Lunatic asylums in Bengal annual reports 1912-1924 - 1912-1924
Year: 1912
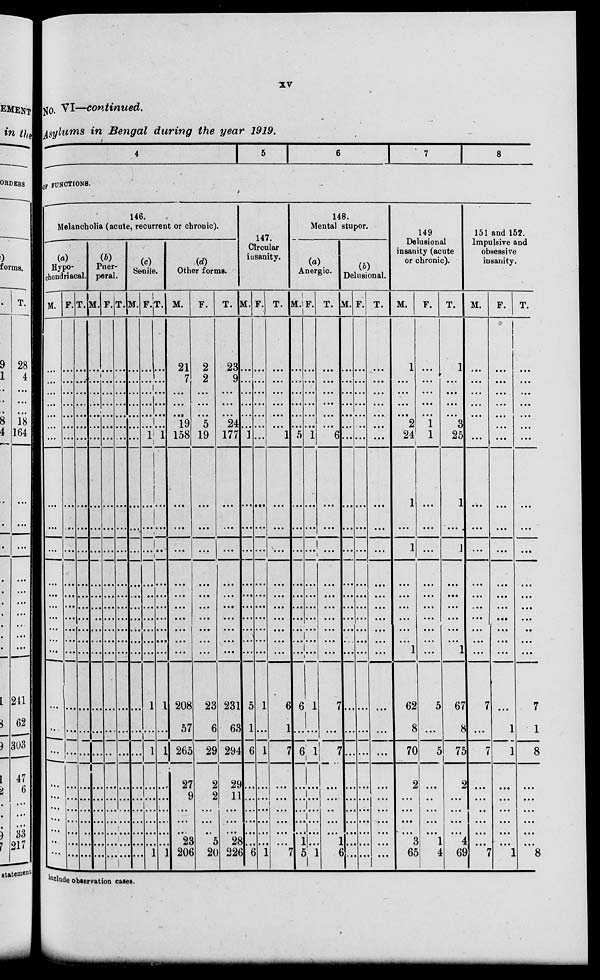
xv
No. VI—continued.
Asylums in Bengal during the year 1919.
4
5
6
7
8
OF FUNCTIONS.
146.
Melancholia (acute, recurrent or chronic).
(a)
Hypo-
chondriacal.
M.
...
...
...
...
...
...
...
...
...
...
...
...
...
...
...
...
...
...
...
...
...
...
...
...
...
...
...
F.
...
...
...
...
...
...
...
...
...
...
...
...
...
...
...
...
...
...
...
...
...
...
...
...
...
...
...
T.
...
...
...
...
...
...
...
...
...
...
...
...
...
...
...
...
...
...
...
...
...
...
...
...
...
...
...
(b)
Puer-
peral.
M.
...
...
...
...
...
...
...
...
...
...
...
...
...
...
...
...
...
...
...
...
...
...
...
...
...
...
...
F.
...
...
...
...
...
...
...
...
...
...
...
...
...
...
...
...
...
...
...
...
...
...
...
...
...
...
...
T.
...
...
...
...
...
...
...
...
...
...
...
...
...
...
...
...
...
...
...
...
...
...
...
...
...
...
...
(c)
Senile.
M.
...
...
...
...
...
...
...
...
...
...
...
...
...
...
...
...
...
...
...
...
...
...
...
...
...
...
...
F.
...
...
...
...
...
...
1
...
...
...
...
...
...
...
...
...
...
1
...
1
...
...
...
...
...
...
1
T.
...
...
...
...
...
...
1
...
...
...
...
...
...
...
...
...
...
1
...
1
...
...
...
...
...
...
1
(d)
Other forms.
M.
21
7
...
...
...
19
158
...
...
...
...
...
...
...
...
...
...
208
57
265
27
9
...
...
...
23
206
F.
2
2
...
...
...
5
19
...
...
...
...
...
...
...
...
...
...
23
6
29
2
2
...
...
...
5
20
T.
23
9
...
...
...
24
177
...
...
...
...
...
...
...
...
...
...
231
63
294
29
11
...
...
...
28
226
147.
Circular
insanity.
M.
...
...
...
...
...
...
1
...
...
...
...
...
...
...
...
...
...
5
1
6
...
...
...
...
...
...
6
F.
...
...
...
...
...
...
...
...
...
...
...
...
...
...
...
...
...
1
...
1
...
...
...
...
...
...
1
T.
...
...
...
...
...
...
1
...
...
...
...
...
...
...
...
...
...
6
1
7
...
...
...
...
...
...
7
148.
Mental stupor.
(a)
Anergic.
M.
...
...
...
...
...
...
5
...
...
...
...
...
...
...
...
...
...
6
...
6
...
...
...
...
...
1
5
F.
...
...
...
...
...
...
1
...
...
...
...
...
...
...
...
...
...
1
...
1
...
...
...
...
...
...
1
T.
...
...
...
...
...
...
6
...
...
...
...
...
...
...
...
...
...
7
...
7
...
...
...
...
...
1
6
(b)
Delusional.
M.
...
...
...
...
...
...
...
...
...
...
...
...
...
...
...
...
...
...
...
...
...
...
...
...
...
...
...
F.
...
...
...
...
...
...
...
...
...
...
...
...
...
...
...
...
...
...
...
...
...
...
...
...
...
...
...
T.
...
...
...
...
...
...
...
...
...
...
...
...
...
...
...
...
...
...
...
...
...
...
...
...
...
...
...
149
Delusional
insanity (acute
or chronic).
M.
1
...
...
...
...
2
24
1
...
1
...
...
...
...
...
...
1
62
8
70
2
...
...
...
...
3
65
F.
...
...
...
...
...
1
1
...
...
...
...
...
...
...
...
...
...
5
...
5
...
...
...
...
...
1
4
T.
1
...
...
...
...
3
25
1
...
1
...
...
...
...
...
...
1
67
8
75
2
...
...
...
...
4
69
151 and 152.
Impulsive and
obsessive
insanity.
M.
...
...
...
...
...
...
...
...
...
...
...
...
...
...
...
...
...
7
...
7
...
...
...
...
...
...
7
F.
...
...
...
...
...
...
...
...
...
...
...
...
...
...
...
...
...
...
1
1
...
...
...
...
...
...
1
T.
...
...
...
...
...
...
...
...
...
...
...
...
...
...
...
...
...
7
1
8
...
...
...
...
...
...
8
include observation cases.